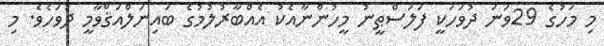
މި މަހުގެ 29ވަނަ ދުވަހަކީ ފަލަސްޠީނު މީހުންނާއެކު އެއްބާރުލުމުގެ ބައިނަލްއަޤްވާމީ ދުވަހެވެ. މި